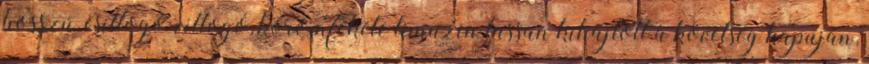
hosszú, csillogó-villogó, koromfekete limuzin lassan kihajtott a követség kapuján,